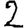
Digit: 2